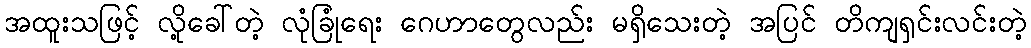
အထူးသဖြင့် လို့ခေါ်တဲ့ လုံခြုံရေး ဂေဟာတွေလည်း မရှိသေးတဲ့ အပြင် တိကျရှင်းလင်းတဲ့